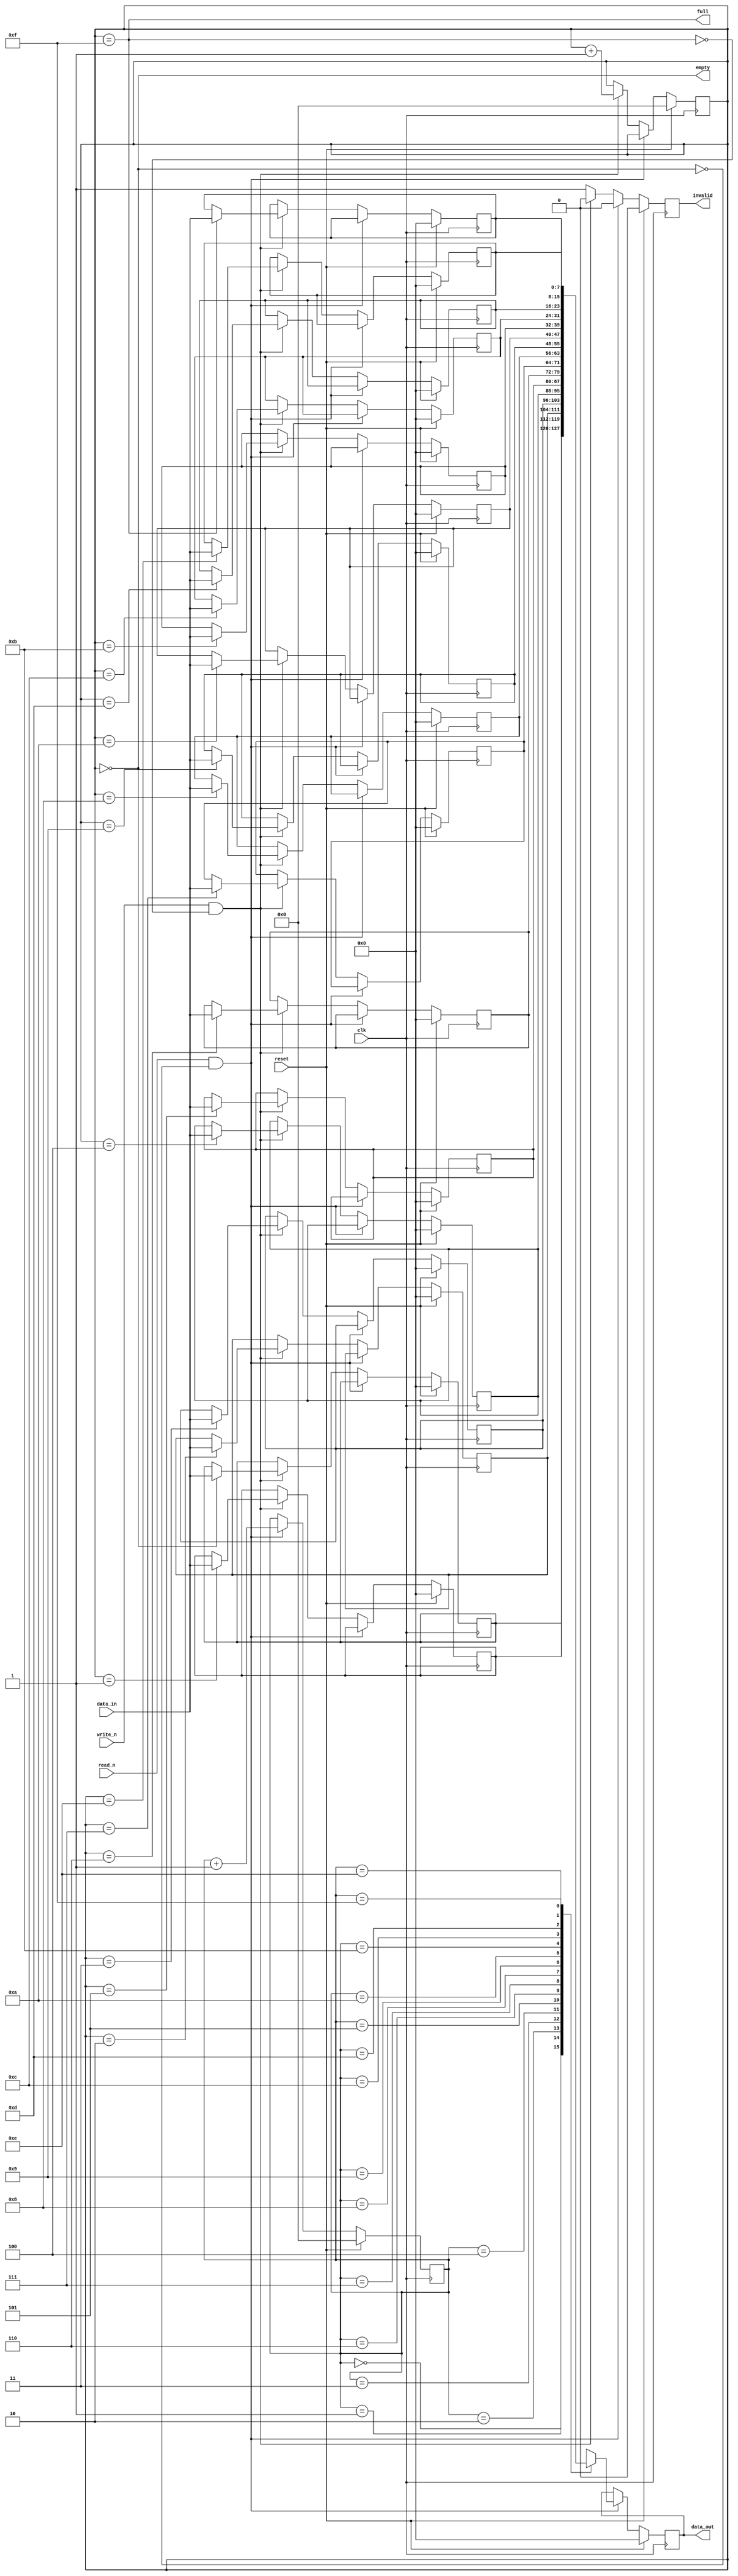
module fifo( reset, clk, read_n , write_n ,  data_in, data_out , full , empty, invalid );

input reset, clk, read_n , write_n;
output  full, empty;
output reg invalid;
input [7: 0] data_in;
output reg  [7:0] data_out ;

reg [7:0] mem [15:0];
reg [3:0] wr_pointer, rd_pointer ;
integer i;

assign full = (wr_pointer==15);
assign empty = (wr_pointer==0);
//assign invalid =  full & empty;


always @(posedge clk) begin
    if(reset)
        begin
            for ( i=0;i<16;i=i+1) mem[i] =0;
            rd_pointer=0;
            wr_pointer=0;
            data_out=0;
            invalid=0;
        end
    else if (read_n && !empty) 
        begin
            data_out <= mem [rd_pointer];
            rd_pointer<= rd_pointer+1;
            invalid=0;          
        end
    else if (write_n && !full) 
        begin
            mem [wr_pointer]<=data_in ;
            wr_pointer<= wr_pointer+1;
            invalid=0;
        end
    else invalid=1;
end
endmodule